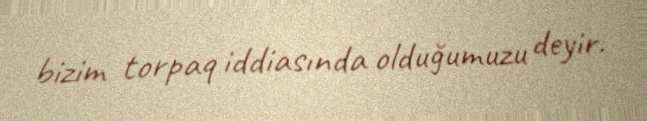
bizim torpaq iddiasında olduğumuzu deyir.